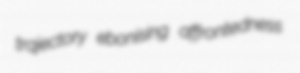
trajectory ebonising affrontedness